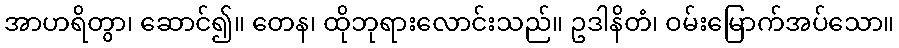
အာဟရိတွာ၊ ဆောင်၍။ တေန၊ ထိုဘုရားလောင်းသည်။ ဥဒါနိတံ၊ ဝမ်းမြောက်အပ်သော။